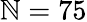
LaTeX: \mathbb{N}=75